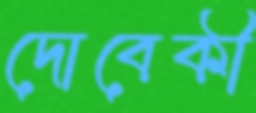
দোবেকী